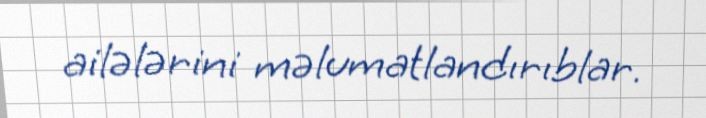
ailələrini məlumatlandırıblar.